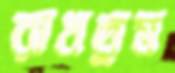
রাখতুম